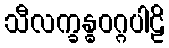
သီလက္ခန္ဓဝဂ္ဂပါဠိ